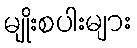
မျိုးစပါးများ